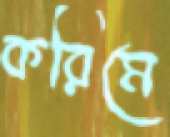
করিমে